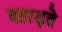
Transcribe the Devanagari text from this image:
दहाड़ते